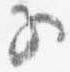
子